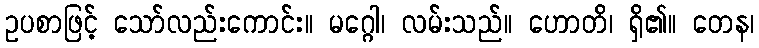
ဥပစာဖြင့် သော်လည်းကောင်း။ မဂ္ဂေါ၊ လမ်းသည်။ ဟောတိ၊ ရှိ၏။ တေန၊